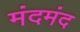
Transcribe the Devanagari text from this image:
मंदमंद